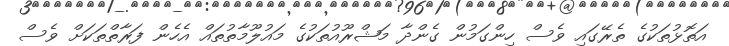
އަތޮޅުތަކުގެ ތެރޭގައި ވެސް ހިންގަމުން ގެންދާ މަޝްރޫއުތަކުގެ މައުލޫމާތުތައް އެހެން ފަރާތްތަކަށް ވެސް